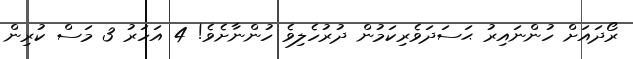
ރޯދައަށް ހުންނައިރު ޙަސަދަވެރިކަމުން ދުރުހެލިވެ ހުންނާށެވެ! 4 އަހަރު 3 މަސް ކުރިން